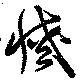
滅